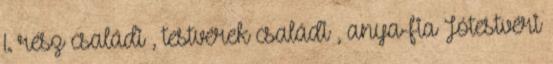
1. rész családi , testvérek családi , anya-fia Jótestvéri